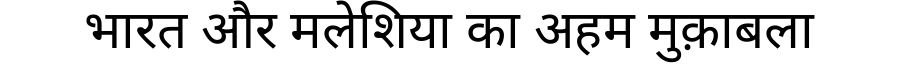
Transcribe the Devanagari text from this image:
भारत और मलेशिया का अहम मुक़ाबला